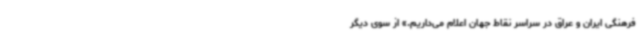
فرهنگی ایران و عراق در سراسر نقاط جهان اعلام می‌داریم.» از سوی دیگر